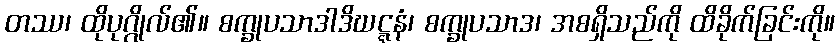
တဿ၊ ထိုပုဂ္ဂိုလ်၏။ စက္ခုပသာဒါဒိဃဋ္ဋနံ၊ စက္ခုပသာဒ၊ အစရှိသည်ကို ထိခိုက်ခြင်းကို။